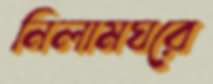
নিলামঘরে